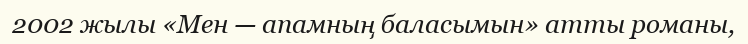
2002 жылы «Мен — апамның баласымын» атты романы,